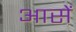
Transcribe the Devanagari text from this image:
आसें